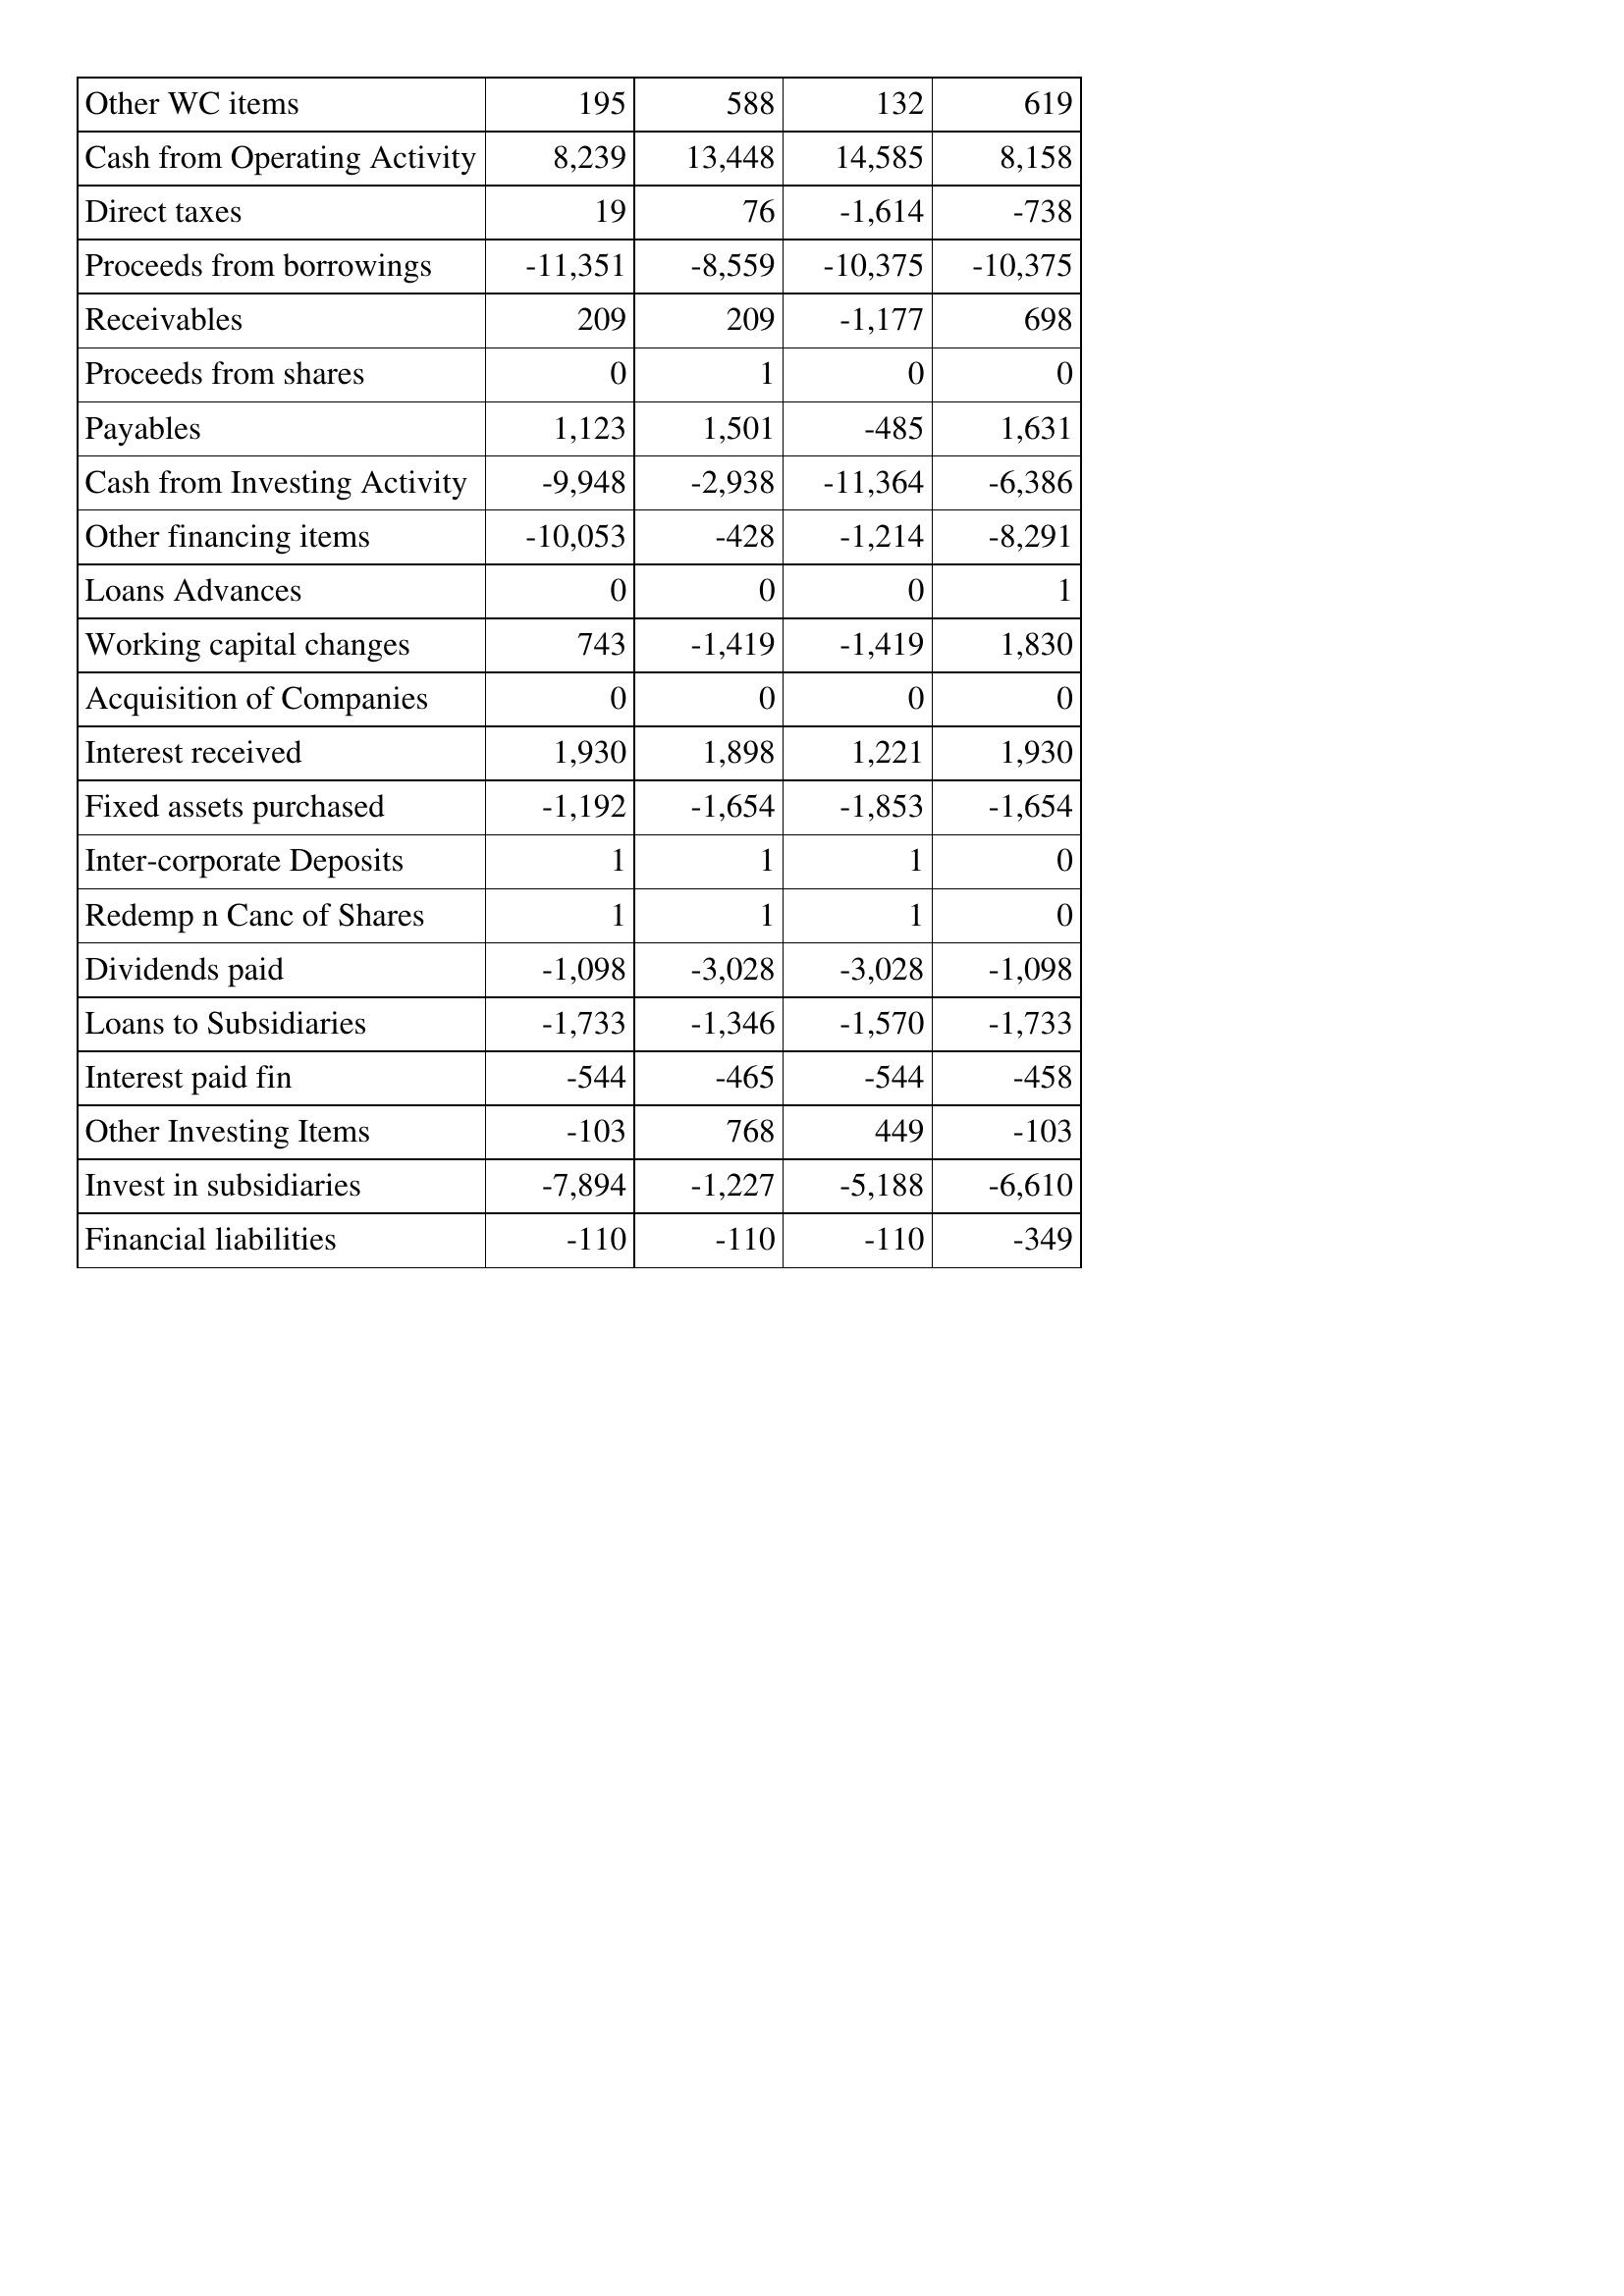
Sep-16: Cash Flows: Other WC items: 195
Cash from Operating Activity: 8,239
Direct taxes: 19
Proceeds from borrowings: -11,351
Receivables: 209
Proceeds from shares: 0
Payables: 1,123
Cash from Investing Activity: -9,948
Other financing items: -10,053
Loans Advances: 0
Working capital changes: 743
Acquisition of Companies: 0
Interest received: 1,930
Fixed assets purchased: -1,192
Inter-corporate Deposits: 1
Redemp n Canc of Shares: 1
Dividends paid: -1,098
Loans to Subsidiaries: -1,733
Interest paid fin: -544
Other Investing Items: -103
Invest in subsidiaries: -7,894
Financial liabilities: -110
Sep-15: Cash Flows: Other WC items: 588
Cash from Operating Activity: 13,448
Direct taxes: 76
Proceeds from borrowings: -8,559
Receivables: 209
Proceeds from shares: 1
Payables: 1,501
Cash from Investing Activity: -2,938
Other financing items: -428
Loans Advances: 0
Working capital changes: -1,419
Acquisition of Companies: 0
Interest received: 1,898
Fixed assets purchased: -1,654
Inter-corporate Deposits: 1
Redemp n Canc of Shares: 1
Dividends paid: -3,028
Loans to Subsidiaries: -1,346
Interest paid fin: -465
Other Investing Items: 768
Invest in subsidiaries: -1,227
Financial liabilities: -110
Sep-14: Cash Flows: Other WC items: 132
Cash from Operating Activity: 14,585
Direct taxes: -1,614
Proceeds from borrowings: -10,375
Receivables: -1,177
Proceeds from shares: 0
Payables: -485
Cash from Investing Activity: -11,364
Other financing items: -1,214
Loans Advances: 0
Working capital changes: -1,419
Acquisition of Companies: 0
Interest received: 1,221
Fixed assets purchased: -1,853
Inter-corporate Deposits: 1
Redemp n Canc of Shares: 1
Dividends paid: -3,028
Loans to Subsidiaries: -1,570
Interest paid fin: -544
Other Investing Items: 449
Invest in subsidiaries: -5,188
Financial liabilities: -110
Sep-13: Cash Flows: Other WC items: 619
Cash from Operating Activity: 8,158
Direct taxes: -738
Proceeds from borrowings: -10,375
Receivables: 698
Proceeds from shares: 0
Payables: 1,631
Cash from Investing Activity: -6,386
Other financing items: -8,291
Loans Advances: 1
Working capital changes: 1,830
Acquisition of Companies: 0
Interest received: 1,930
Fixed assets purchased: -1,654
Inter-corporate Deposits: 0
Redemp n Canc of Shares: 0
Dividends paid: -1,098
Loans to Subsidiaries: -1,733
Interest paid fin: -458
Other Investing Items: -103
Invest in subsidiaries: -6,610
Financial liabilities: -349